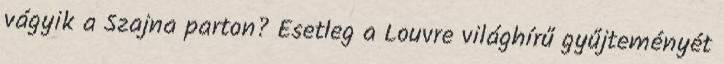
vágyik a Szajna parton? Esetleg a Louvre világhírű gyűjteményét